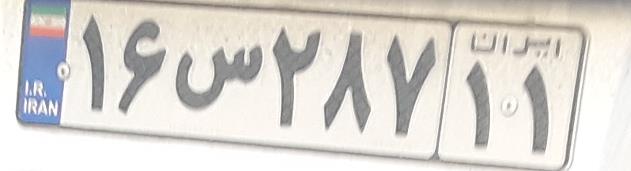
۱۶س۲۸۷۱۱